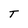
Character: T